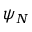
\psi _ { N }